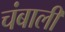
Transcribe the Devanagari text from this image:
चंबाली